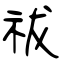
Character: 祓